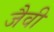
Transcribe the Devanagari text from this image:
जैवी